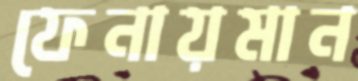
ফেনায়মান